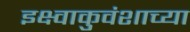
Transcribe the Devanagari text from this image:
इक्ष्वाकुवंशाच्या